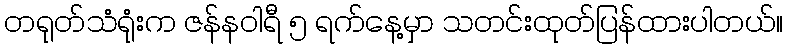
တရုတ်သံရုံးက ဇန်နဝါရီ ၅ ရက်နေ့မှာ သတင်းထုတ်ပြန်ထားပါတယ်။